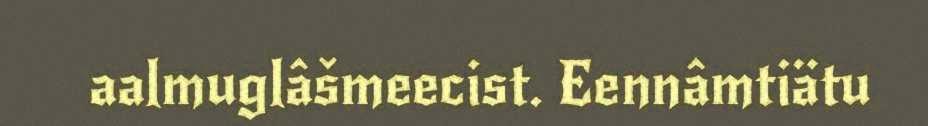
aalmuglâšmeecist. Eennâmtiätu